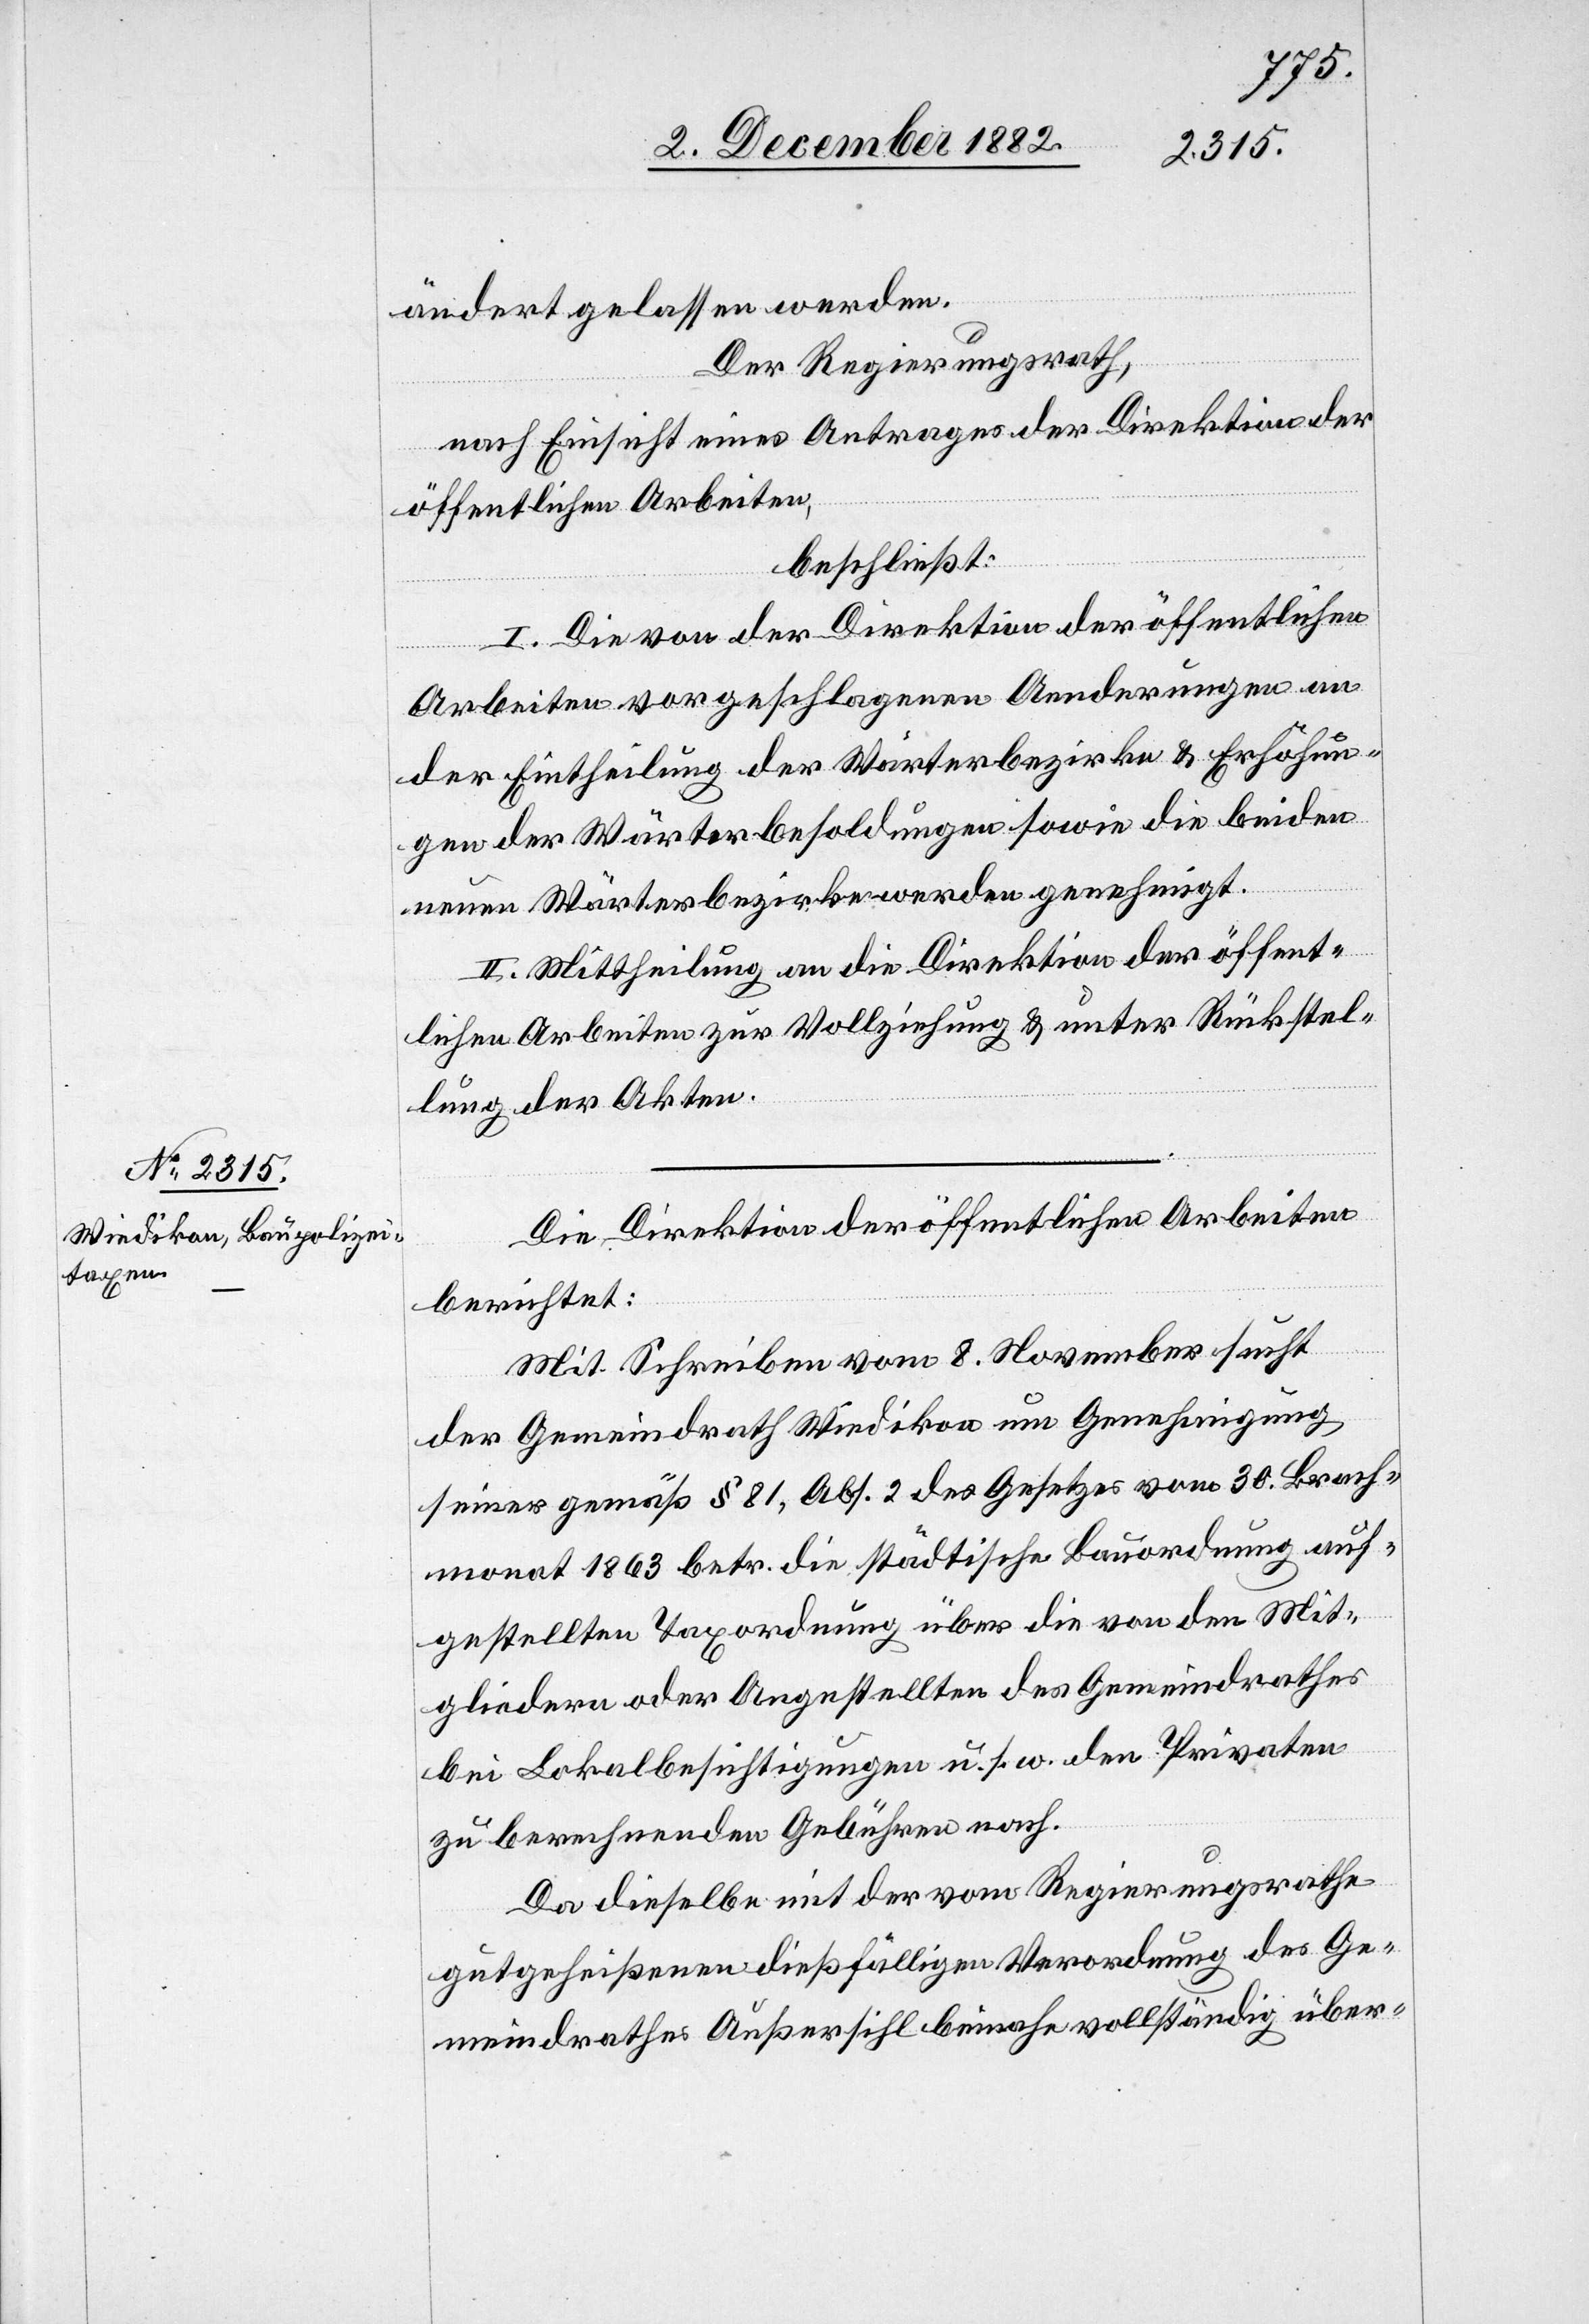
ändert gelassen werden.
Der Regierungsrath,
nach Einsicht eines Antrages der Direktion der
öffentlichen Arbeiten,
beschließt:
I. Die von der Direktion der öffentlichen
Arbeiten vorgeschlagene Aenderung an
der Eintheilung der Wärterbezirke & Erhöhun¬
gen der Wärterbesoldungen sowie die beiden
neuen Wärterbezirke werden genehmigt.
II. Mittheilung an die Direktion der öffent¬
lichen Arbeiten zur Vollziehung & unter Rückstel¬
lung der Akten.
Die Direktion der öffentlichen Arbeiten
berichtet:
Mit Schreiben vom 8. November sucht
der Gemeindrath Wiedikon um Genehmigung
seiner gemäß § 81, Abs. 2 des Gesetzes vom 39. Brach¬
monat 1863 betr. die städtische Bauordnung auf¬
gestellten Taxordnung über die von den Mit¬
gliedern oder Angestellten des Gemeindrathes
bei Lokalbesichtigungen u. s. w. den Privaten
zu berechnenden Gebühren nach.
Da dieselbe mit der vom Regierungsrathe
gutgeheißenen dießfälligen Verordnung des Ge¬
meindrathes Außersihl beinahe vollständig über-